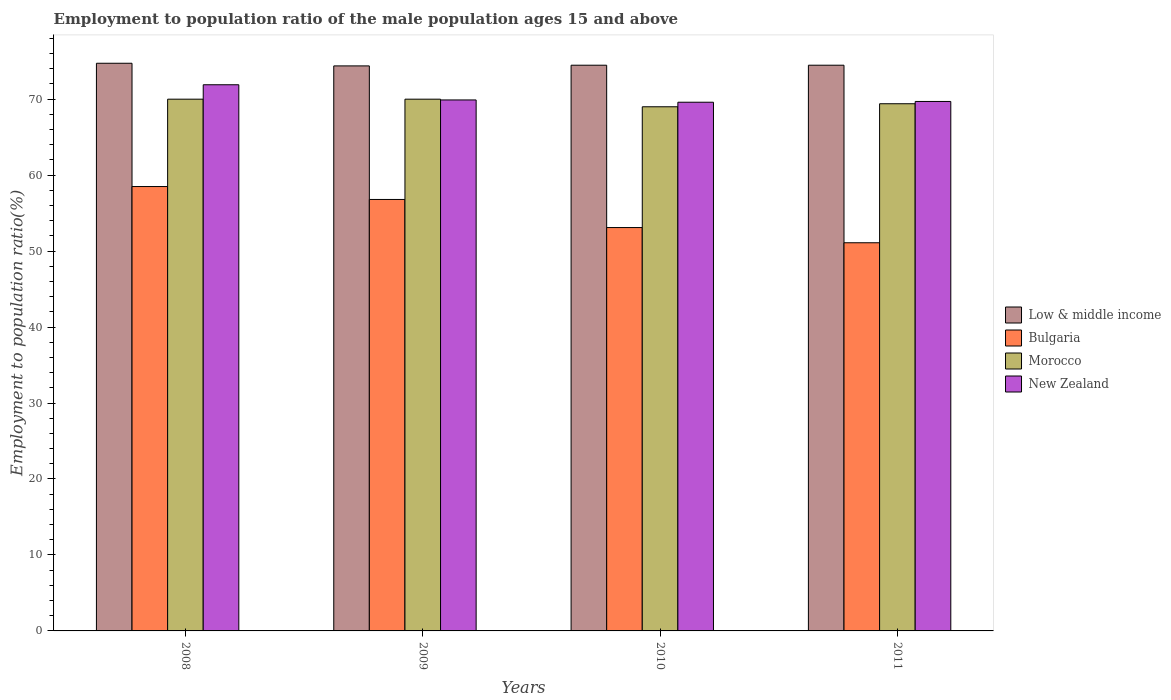
| Years | Low & middle income | Bulgaria | Morocco | New Zealand |
 | --- | --- | --- | --- | --- |
 | 2008 | 74.7 | 58.5 | 70 | 71.9 |
 | 2009 | 74.4 | 56.8 | 70 | 69.9 |
 | 2010 | 74.5 | 53.1 | 69 | 69.6 |
 | 2011 | 74.5 | 51.1 | 69.4 | 69.7 |